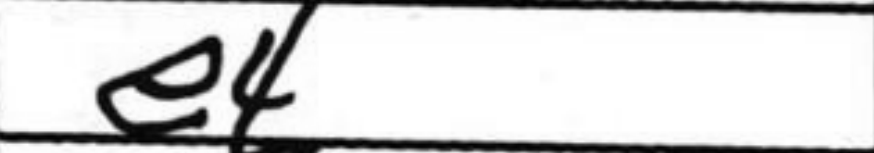
Transcription: e4